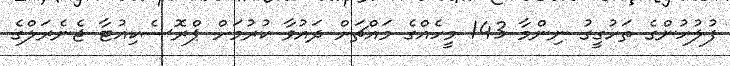
ފުލުހުންގެ ތަހުގީގު ނިންމާ 143 މީހެއްގެ މައްޗަށް ދައުވާ ކުރުމަށް ޕްރޮސެކިއުޓާ ޖެނެރަލްގެ